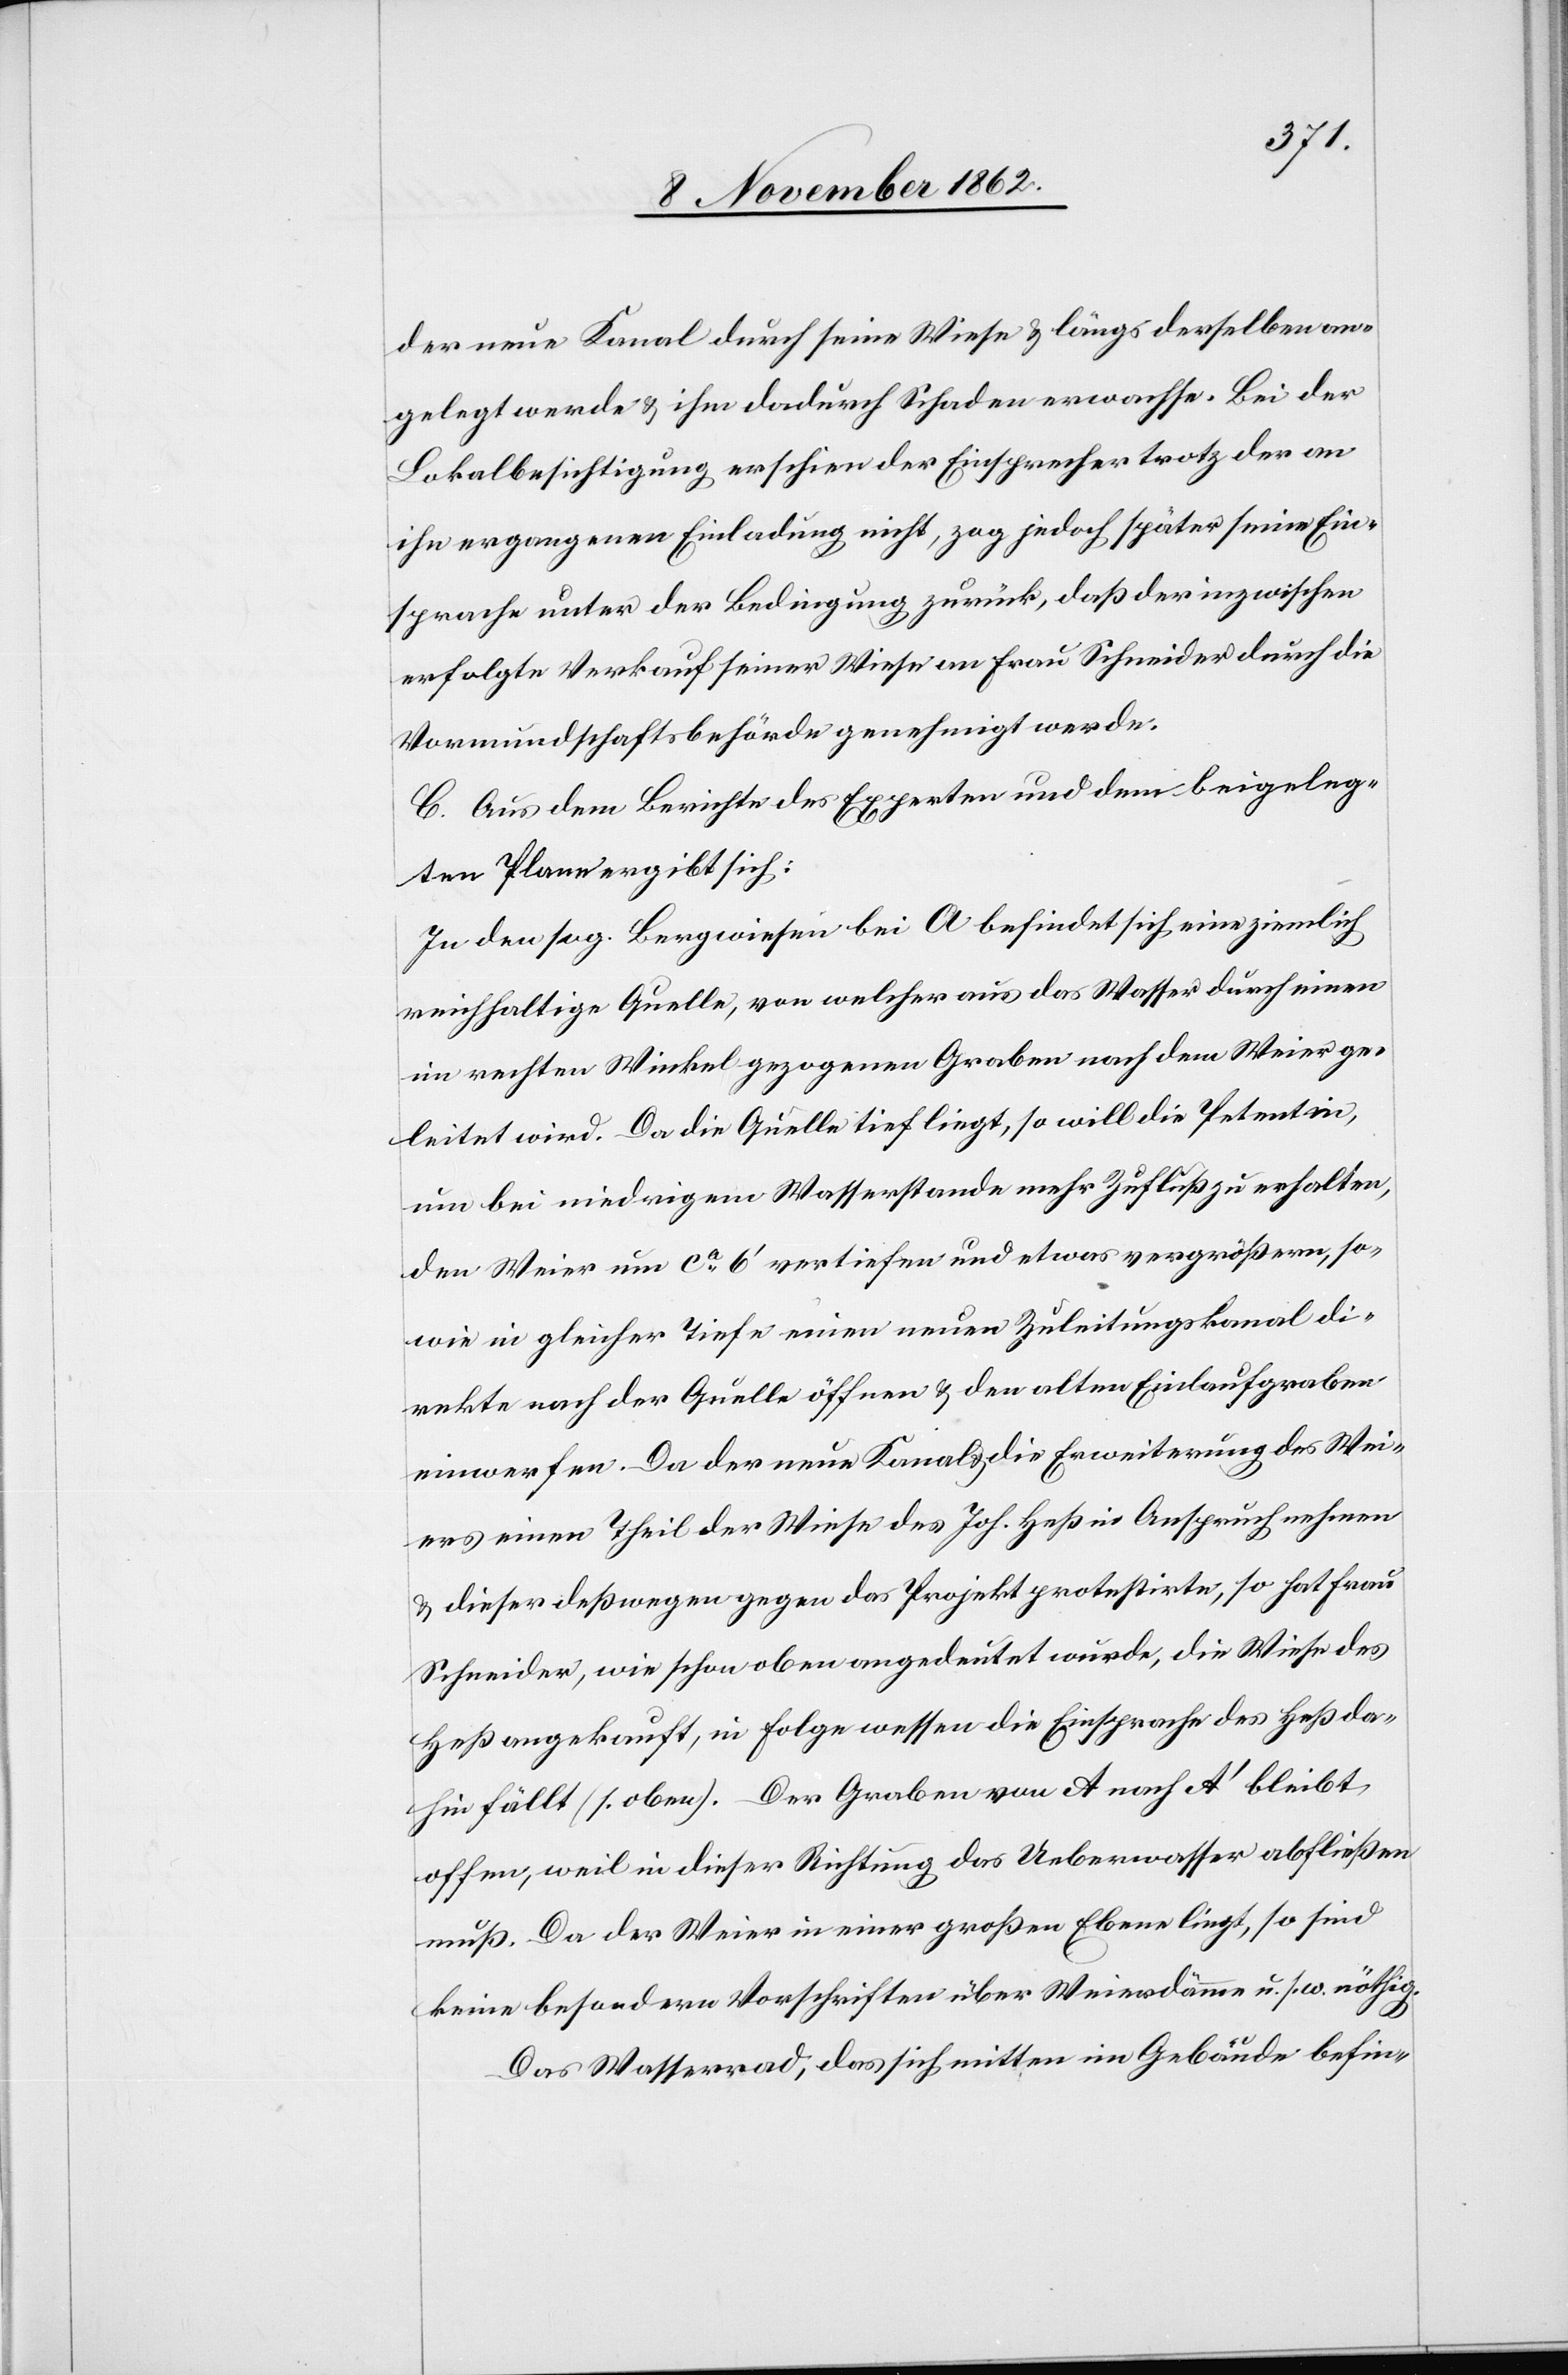
der neue Kanal durch seine Wiese u. längs derselben an¬
gelegt werde u. ihm dadurch Schaden erwachse. Bei der
Lokalbesichtigung erschien der Einsprecher trotz der an
ihn ergangenen Einladung nicht, zog jedoch später seine Ein¬
sprache unter der Bedingung zurück, daß der inzwischen
erfolgte Verkauf seiner Wiese an Frau Schneider durch die
Vormundschaftsbehörde genehmigt werde.
C. Aus dem Berichte des Experten und dem beigeleg¬
ten Plane ergibt sich:
In den sog. Bergweisen bei A befindet sich eine ziemlich
reichhaltige Quelle, von welcher aus das Wasser durch einen
im rechten Winkel gezogenen Graben nach dem Weier ge¬
leitet wird. Da die Quelle tief liegt, so will die Petentin,
um bei niedrigem Wasserstande mehr Zufluß zu erhalten,
den Weier um ca 6’ vertiefen und etwas vergrößern, so¬
wie in gleicher tiefe einen neuen Zuleitungskanal di¬
rekte nach der Quelle öffnen u. den alten Einlaufgraben
einwerfen, da der neue Kanal u. die Erweiterung des Wei¬
ers einen Theil der Wiese des Joh. Heß in Anspruch nehmen
u. dieser deßwegen gegen das Projekt protestirte, so hat Frau
Schneider, wie schon oben angedeutet wurde, die Wiese des
Heß angekauft, in Folge wessen die Einsprache des Heß da¬
hin fällt (s. oben). Der Graben von A nach A’ bleibt
offen, weil in dieser Richtung das Ueberwasser abfließen
muß. Da der Weier in einer großen Ebene liegt, so sind
keine besondern Vorschriften über Weierdämme u. s. w. nöthig.
Das Wasserrad, das sich mitten im Gebäude befin-